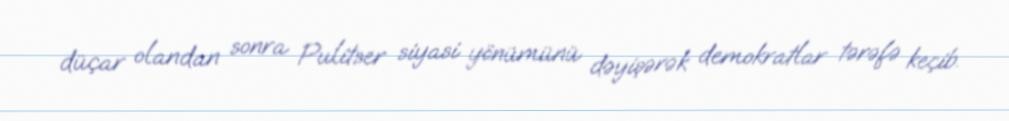
düçar olandan sonra Pulitser siyasi yönümünü dəyişərək demokratlar tərəfə keçib.